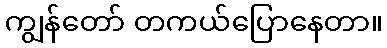
ကျွန်တော် တကယ်ပြောနေတာ။